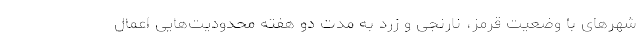
شهرهای با وضعیت قرمز، نارنجی و زرد به مدت دو هفته محدودیت‌هایی اعمال